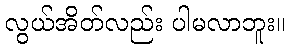
လွယ်အိတ်လည်း ပါမလာဘူး။